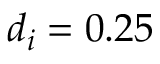
d _ { i } = 0 . 2 5